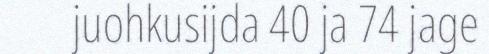
juohkusijda 40 ja 74 jage